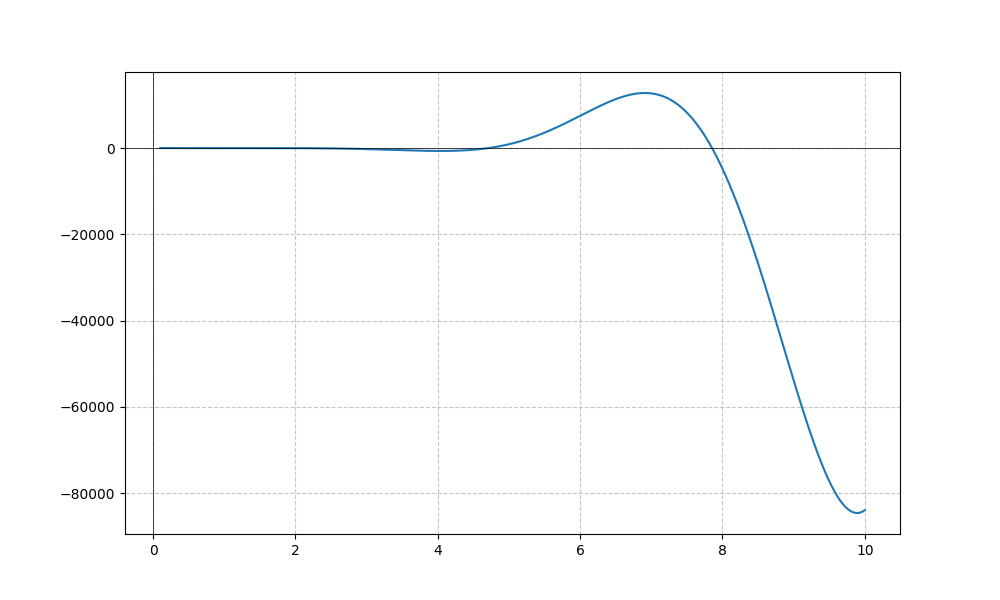
LaTeX formula: x^{5} \cos{\left(x \right)}